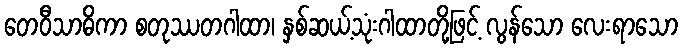
တေဝီသာဓိကာ စတုဿတဂါထာ၊ နှစ်ဆယ့်သုံးဂါထာတို့ဖြင့် လွန်သော လေးရာသော